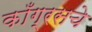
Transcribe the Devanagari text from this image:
काँग्रसचे